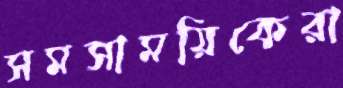
সমসাময়িকেরা